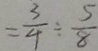
= \frac { 3 } { 4 } \div \frac { 5 } { 8 }